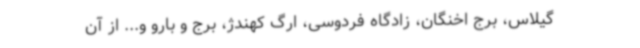
گیلاس، برج اخنگان، زادگاه فردوسی، ارگ کهندژ، برج و بارو و... از آن